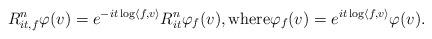
LaTeX: \begin{align*}R_{it, f}^n\varphi(v) = e^{-it \log \langle f, v\rangle } R_{it}^n \varphi_f(v), \mbox{where} \varphi_f(v) = e^{it \log \langle f, v \rangle} \varphi(v). \end{align*}